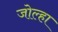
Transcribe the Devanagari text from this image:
जोल्हा